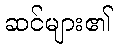
ဆင်များ၏